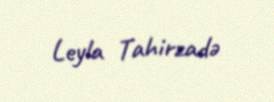
Leyla Tahirzadə